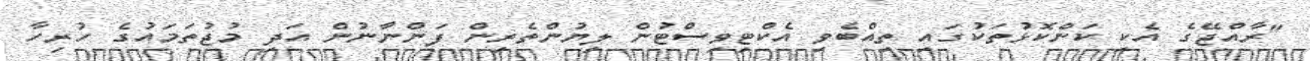
"ރާއްޖޭގެ އެކި ކަންކޮޅުތަކުގައި ތިއްބެވި އެކްޓިވިސްޓުން ލިޔުންތެރިން ފަންނާނުން އަދި މުޖުތަމައުގެ ހުރިހާ